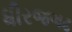
ધીરજગઢ